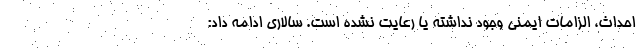
احداث، الزامات ایمنی وجود نداشته یا رعایت نشده است. سالاری ادامه داد: